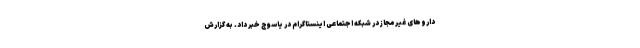
داروهای غیرمجاز در شبکه اجتماعی اینستاگرام در یاسوج خبر داد. به گزارش